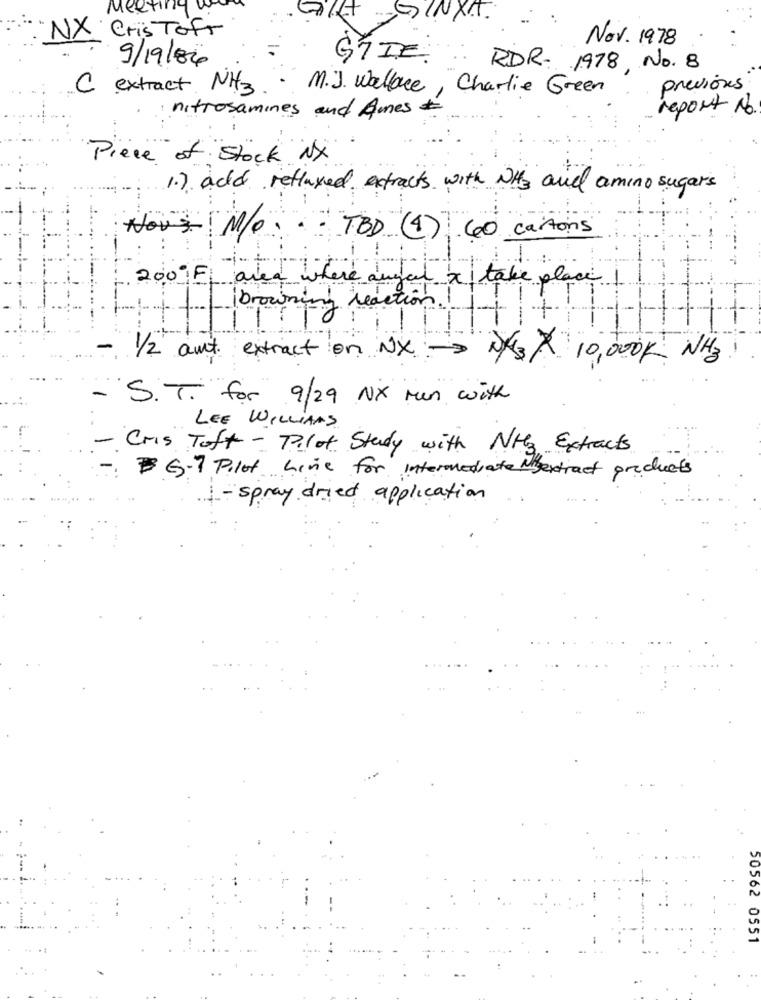
Meeting
GINXAT.
NX Cris Tofr
Nov. 1978
9/19/84
GIDE.
RDR. 1978, No. 8
C extract NH3
· M.J. Wallace, Charlie Green
previous
nitrosamines and Ames
report No
Piece of Stock NX
1.) add refluxed extracts with NH3 and amino sugars
Nous M/O
TBD (4) 40 cartons
200 F area where angel a take place
||browning reaction!
- 1/2 aut. extract on NXN/3× 10,000K NH3
- S.T. for 9/29 NX run with
LEE WILLIAMS
- Cris Toft - Pilot Study with NH3 Extracts
-: G.7 Pilot Live for intermediate Nsextract products
1- spray dried application
50562 0551